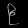
Digit: ၉